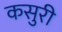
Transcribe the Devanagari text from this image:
कसुरी